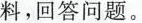
料，回答问题